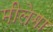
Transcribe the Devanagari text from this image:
मीलेगा